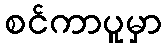
စင်ကာပူမှာ